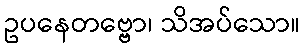
ဥပနေတဗ္ဗော၊ သိအပ်သော။